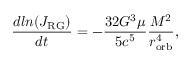
\frac { d l n ( J _ { \mathrm { R G } } ) } { d t } = - \frac { 3 2 G ^ { 3 } \mu } { 5 c ^ { 5 } } \frac { M ^ { 2 } } { r _ { \mathrm { o r b } } ^ { 4 } } ,